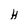
Character: H